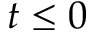
t \leq 0